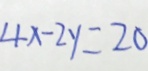
4 x - 2 y = 2 0